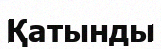
Қатынды